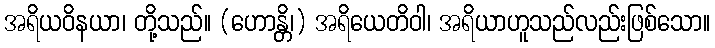
အရိယဝိနယာ၊ တို့သည်။ (ဟောန္တိ၊) အရိယေတိဝါ၊ အရိယာဟူသည်လည်းဖြစ်သော။